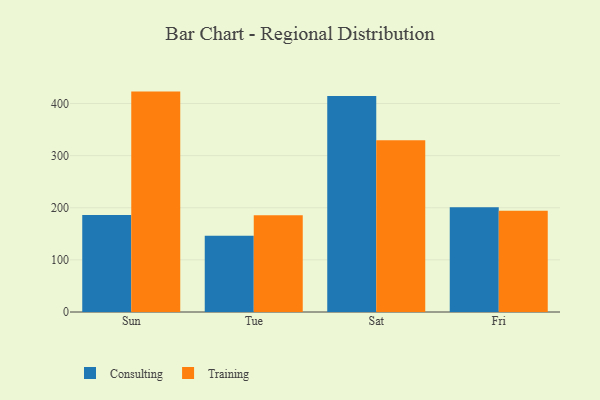
{"axis": {"x": "Day", "y": "Shipments"}, "legend": ["Consulting", "Training"], "data": [{"x": "Sun", "y": 186.0, "type": "Consulting"}, {"x": "Sun", "y": 422.9, "type": "Training"}, {"x": "Tue", "y": 146.5, "type": "Consulting"}, {"x": "Tue", "y": 185.8, "type": "Training"}, {"x": "Sat", "y": 414.6, "type": "Consulting"}, {"x": "Sat", "y": 329.5, "type": "Training"}, {"x": "Fri", "y": 200.8, "type": "Consulting"}, {"x": "Fri", "y": 194.5, "type": "Training"}]}